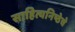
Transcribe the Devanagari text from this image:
साहित्यनिष्ठेचे